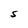
Character: S